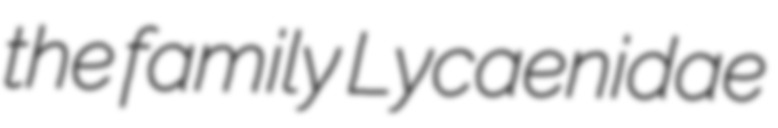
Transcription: the family Lycaenidae